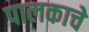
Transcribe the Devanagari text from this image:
पालकाचे